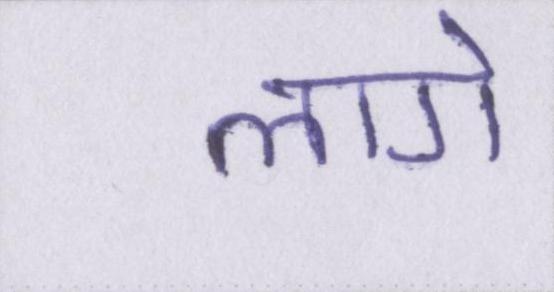
लागे